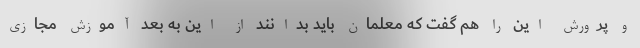
و پرورش این را هم گفت که معلمان باید بدانند از این به بعد آموزش مجازی